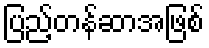
ပြည့်တန်ဆာအဖြစ်